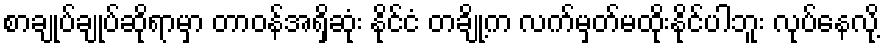
စာချုပ်ချုပ်ဆိုရာမှာ တာဝန်အရှိဆုံး နိုင်ငံ တချို့က လက်မှတ်မထိုးနိုင်ပါဘူး လုပ်နေလို့